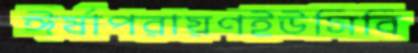
ঈর্ষাপরায়ণইউসিবি